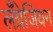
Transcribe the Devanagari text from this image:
लँग्रेजियन